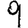
Digit: 9